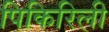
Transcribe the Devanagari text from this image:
पिकिरिली